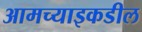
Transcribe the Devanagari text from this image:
आमच्याइकडील